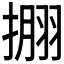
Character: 𰔘